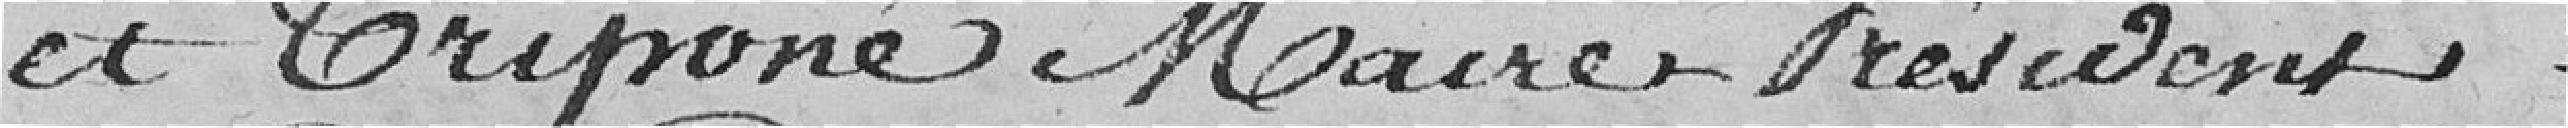
et Triponé Maire Président.